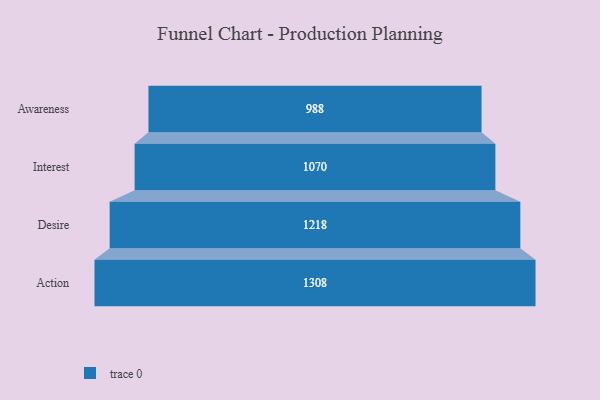
{"axis": {"x": "Stage", "y": "Value"}, "legend": [""], "data": [{"x": "Awareness", "y": 988.0, "type": ""}, {"x": "Interest", "y": 1070.0, "type": ""}, {"x": "Desire", "y": 1218.0, "type": ""}, {"x": "Action", "y": 1308.0, "type": ""}]}